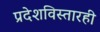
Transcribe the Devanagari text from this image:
प्रदेशविस्तारही